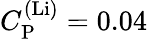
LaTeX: C_{\mathrm{P}}^{\mathrm{(Li)}}=0.04